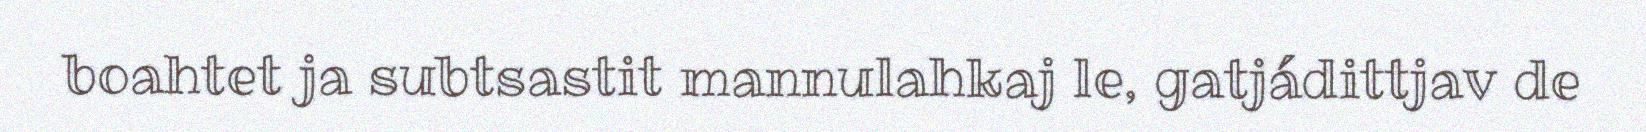
boahtet ja subtsastit mannulahkaj le, gatjádittjav de